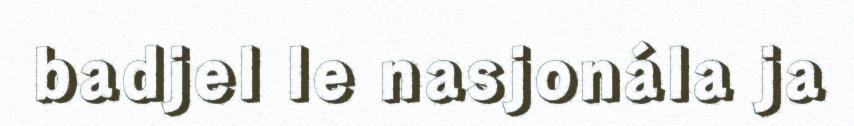
badjel le nasjonála ja